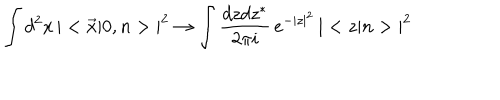
LaTeX: \int d ^ { 2 } x \, | < \vec { x } | 0 , n > | ^ { 2 } \to \int { \frac { d z d z ^ { * } } { 2 \pi i } } \, e ^ { - | z | ^ { 2 } } \, | < z | n > | ^ { 2 }